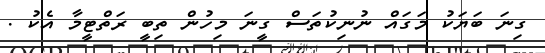
ގިނަ ބަޔަކު މަގައް ނުނިކުތަސް ގީނަ މިހުން ތިބީ ރަތްޓީމާ އެކު .